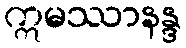
ဣမဿာနန္ဒ